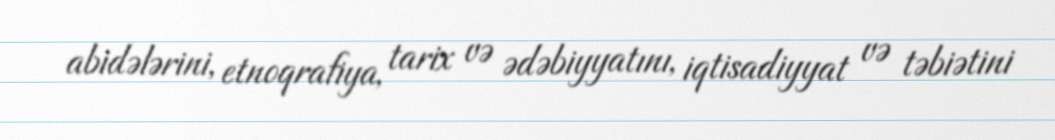
abidələrini, etnoqrafiya, tarix və ədəbiyyatını, iqtisadiyyat və təbiətini